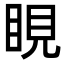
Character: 睍